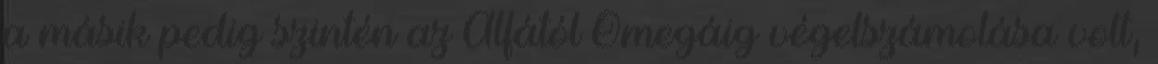
a másik pedig szintén az Alfától Omegáig végelszámolása volt,